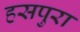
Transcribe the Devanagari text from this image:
हसपुरा